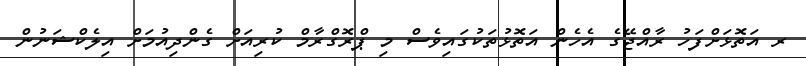
ރ އަތޮޅަށްފަހު ރާއްޖޭގެ އެހެން އަތޮޅުތަކުގައިވެސް މި ޕްރޮގްރާމް ކުރިއަށް ގެންދިއުމަށް އިލެކްޝަނުން